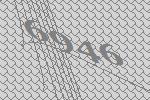
6946